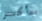
سأكسر